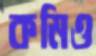
কমিও